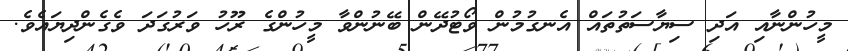
މީހުންނާއި އަދި ސިޔާސަތުތައް އެނގުމުން ވޯޓުދޭން ބޭނުންވާ މީހުންގެ ރޫހު ވަރުގަދަ ވެގެންދިޔައެވެ.